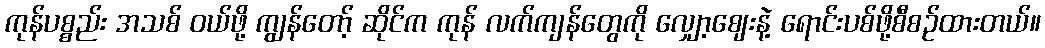
ကုန်ပစ္စည်း အသစ် ဝယ်ဖို့ ကျွန်တော့် ဆိုင်က ကုန် လက်ကျန်တွေကို လျှော့ဈေးနဲ့ ရောင်းပစ်ဖို့စီစဉ်ထားတယ်။